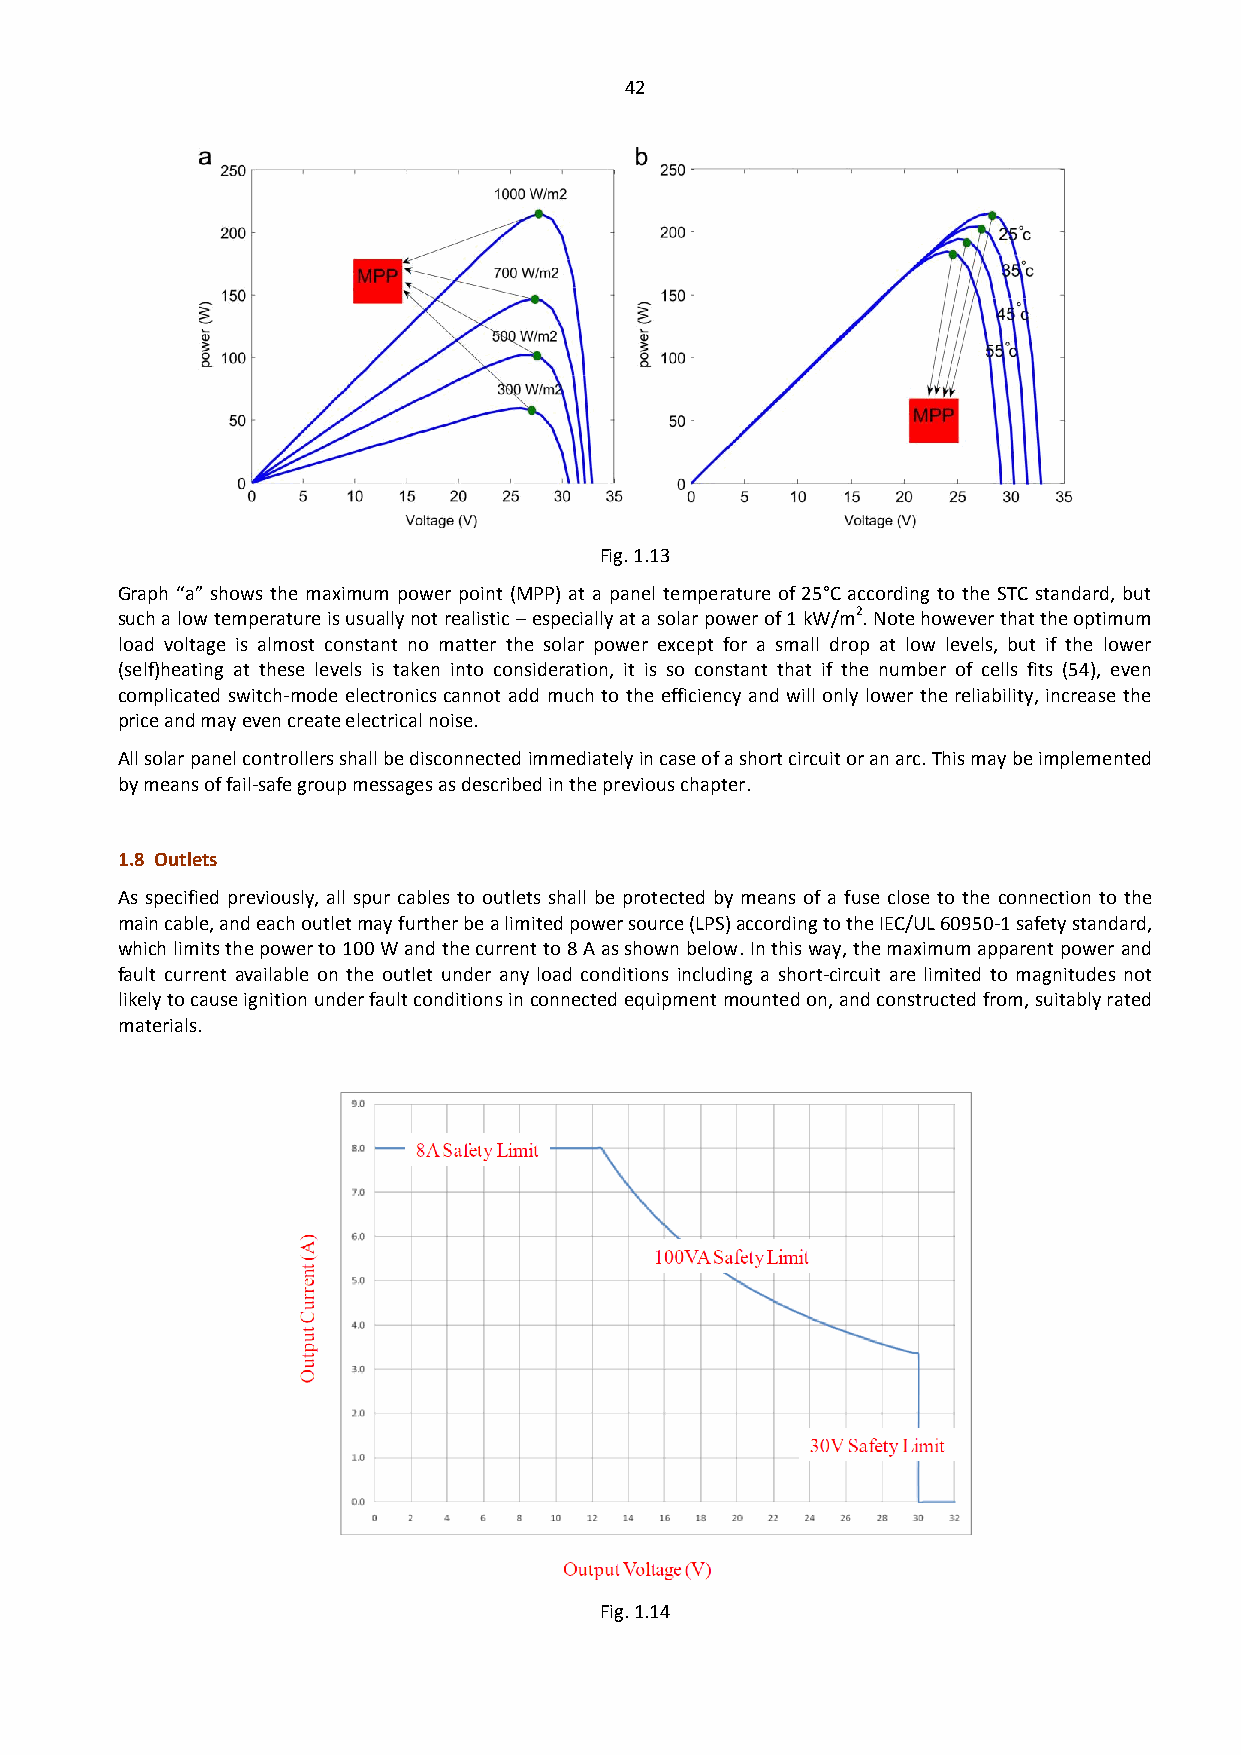
42
 Fig. 1.13
 Graph “a” shows the maximum power point (MPP) at a panel temperature of 25°C according to the STC standard, but
 such a low temperature is usually not realistic – especially at a solar power of 1 kW/m2. Note however that the optimum
 load voltage is almost constant no matter the solar power except for a small drop at low levels, but if the lower
 (self)heating at these levels is taken into consideration, it is so constant that if the number of cells fits (54), even
 complicated switch-mode electronics cannot add much to the efficiency and will only lower the reliability, increase the
 price and may even create electrical noise.
 All solar panel controllers shall be disconnected immediately in case of a short circuit or an arc. This may be implemented
 by means of fail-safe group messages as described in the previous chapter.
 1.8 Outlets
 As specified previously, all spur cables to outlets shall be protected by means of a fuse close to the connection to the
 main cable, and each outlet may further be a limited power source (LPS) according to the IEC/UL 60950-1 safety standard,
 which limits the power to 100 W and the current to 8 A as shown below. In this way, the maximum apparent power and
 fault current available on the outlet under any load conditions including a short-circuit are limited to magnitudes not
 likely to cause ignition under fault conditions in connected equipment mounted on, and constructed from, suitably rated
 materials.
 Fig. 1.14